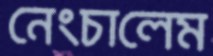
নেংচালেম